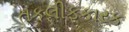
તકલીફકારક